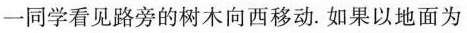
一同学看见路旁的树木向西移动。如果以地面为